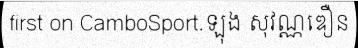
first on CamboSport.ឡុង សុវណ្ណឌឿន